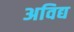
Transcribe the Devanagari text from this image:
अविद्य